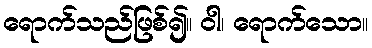
ရောက်သည်ဖြစ်၍။ ဝါ၊ ရောက်သော။